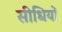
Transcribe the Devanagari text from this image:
सीधियों